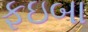
ફઇબા